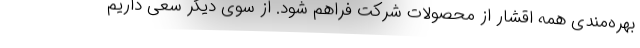
بهره‌مندی همه اقشار از محصولات شرکت فراهم شود. از سوی دیگر سعی داریم